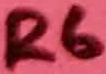
Text: R6